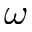
\omega